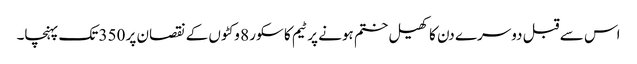
اس سے قبل دوسرے دن کا کھیل ختم ہونے پر ٹیم کا سکور 8 وکٹوں کے نقصان پر 350 تک پہنچا۔